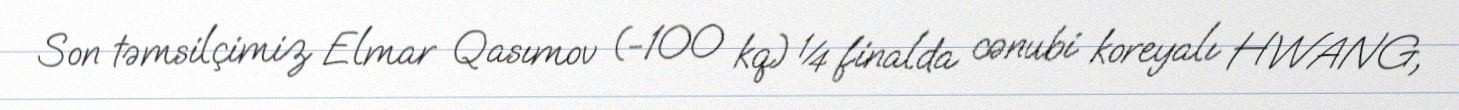
Son təmsilçimiz Elmar Qasımov (-100 kq) ¼ finalda cənubi koreyalı HWANG,